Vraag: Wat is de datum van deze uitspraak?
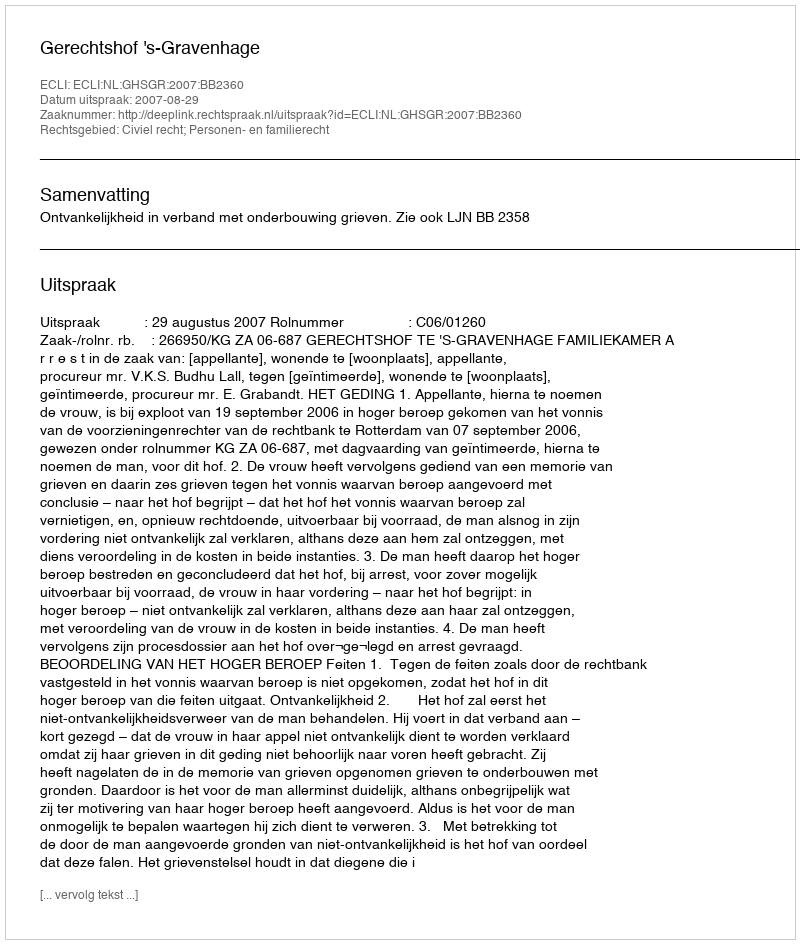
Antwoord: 2007-08-29